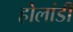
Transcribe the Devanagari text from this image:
होलांडी